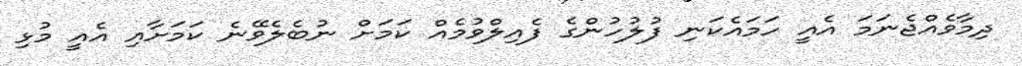
ދިމާވެއްޖެނަމަ އެއީ ހަމައެކަނި ފުލުހުންގެ ފެއިލްވުމެއް ކަމަށް ނުބެލެވޭނެ ކަމަށާއި އެއީ މުޅި